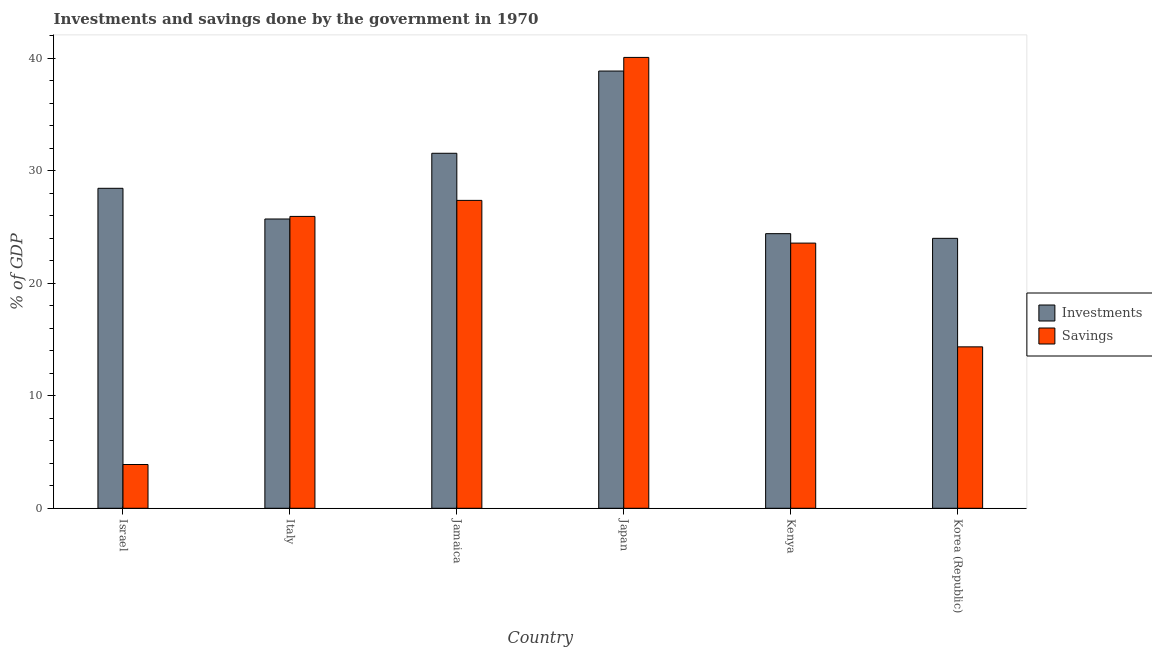
| Country | Investments | Savings |
 | --- | --- | --- |
 | Israel | 28.4 | 3.89 |
 | Italy | 25.7 | 25.9 |
 | Jamaica | 31.5 | 27.4 |
 | Japan | 38.8 | 40.1 |
 | Kenya | 24.4 | 23.6 |
 | Korea (Republic) | 24 | 14.3 |